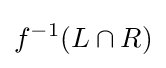
f^{-1}(L\cap R)